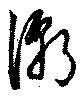
潮